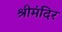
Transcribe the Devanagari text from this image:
श्रीमंदिर